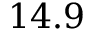
1 4 . 9